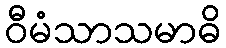
ဝီမံသာသမာဓိ